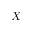
X